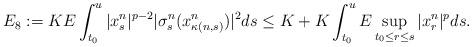
LaTeX: \begin{align*} E_8 & := K E \int_{t_0}^{u} |x_s^n|^{p-2}|\sigma_s^{n}(x_{\kappa(n,s)}^n)|^2ds \leq K+K \int_{t_0}^{u} E\sup_{t_0 \leq r \leq s}|x_r^n|^p ds.\end{align*}